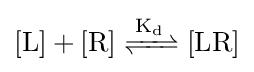
{[{\ce {L}}]+[{\ce {R}}]{\ce {<=>[{K_{d}}]}}[{\text{LR}}]}